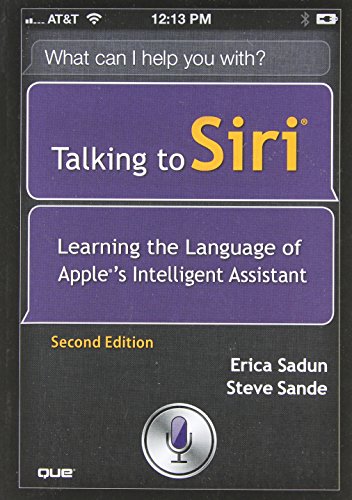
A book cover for Talking to Siri: Learning the Language of Apple's Intelligent Assistant (2nd Edition); Erica Sadun; Computers & Technology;